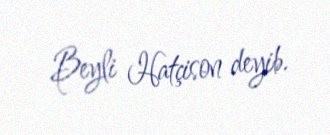
Beyli Hatçison deyib.